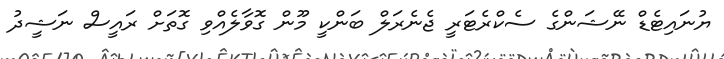
ޔުނައިޓެޑް ނޭޝަންގެ ސެކްރެޓަރީ ޖެނެރަލް ބަންކީ މޫން ގޮވާލެއްވި ގޮތަށް ރައީސް ނަޝީދު